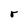
Character: r